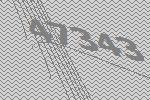
47343